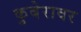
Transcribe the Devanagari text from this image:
कुबेरावर